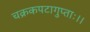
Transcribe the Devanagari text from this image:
चक्रकपटागुप्ताः।।